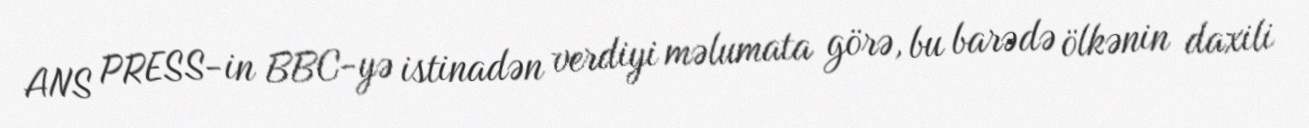
ANS PRESS-in BBC-yə istinadən verdiyi məlumata görə, bu barədə ölkənin daxili